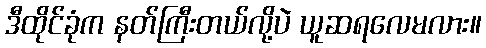
ဒီထိုင်ခုံက နတ်ကြီးတယ်လို့ပဲ ယူဆရလေမလား။